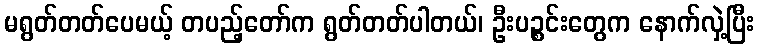
မရွတ်တတ်ပေမယ့် တပည့်တော်က ရွတ်တတ်ပါတယ်၊ ဦးပဉ္စင်းတွေက နောက်လှဲ့ပြီး